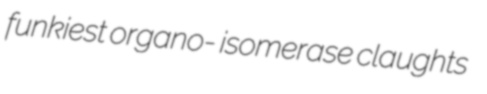
funkiest organo- isomerase claughts